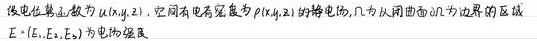
设电位函数为 \(u(x,y)\)，空间有电荷密度为 \(\rho(x,y)\) 的静电场，\(\Omega\) 为以闭曲面 \(\partial\Omega\) 为边界的区域。